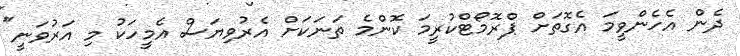
ދެން އެހެންވީމަ އެގޮތަށް ޕްރޮމޯޓްކުރީމަ ކޮންމެ ތަނަކަށް އެރުވިޔަސް އެމީހަކު މި އަރުވަނީ"